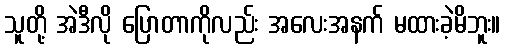
သူတို့ အဲဒီလို ပြောတာကိုလည်း အလေးအနက် မထားခဲ့မိဘူး။